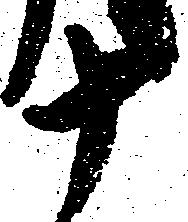
十